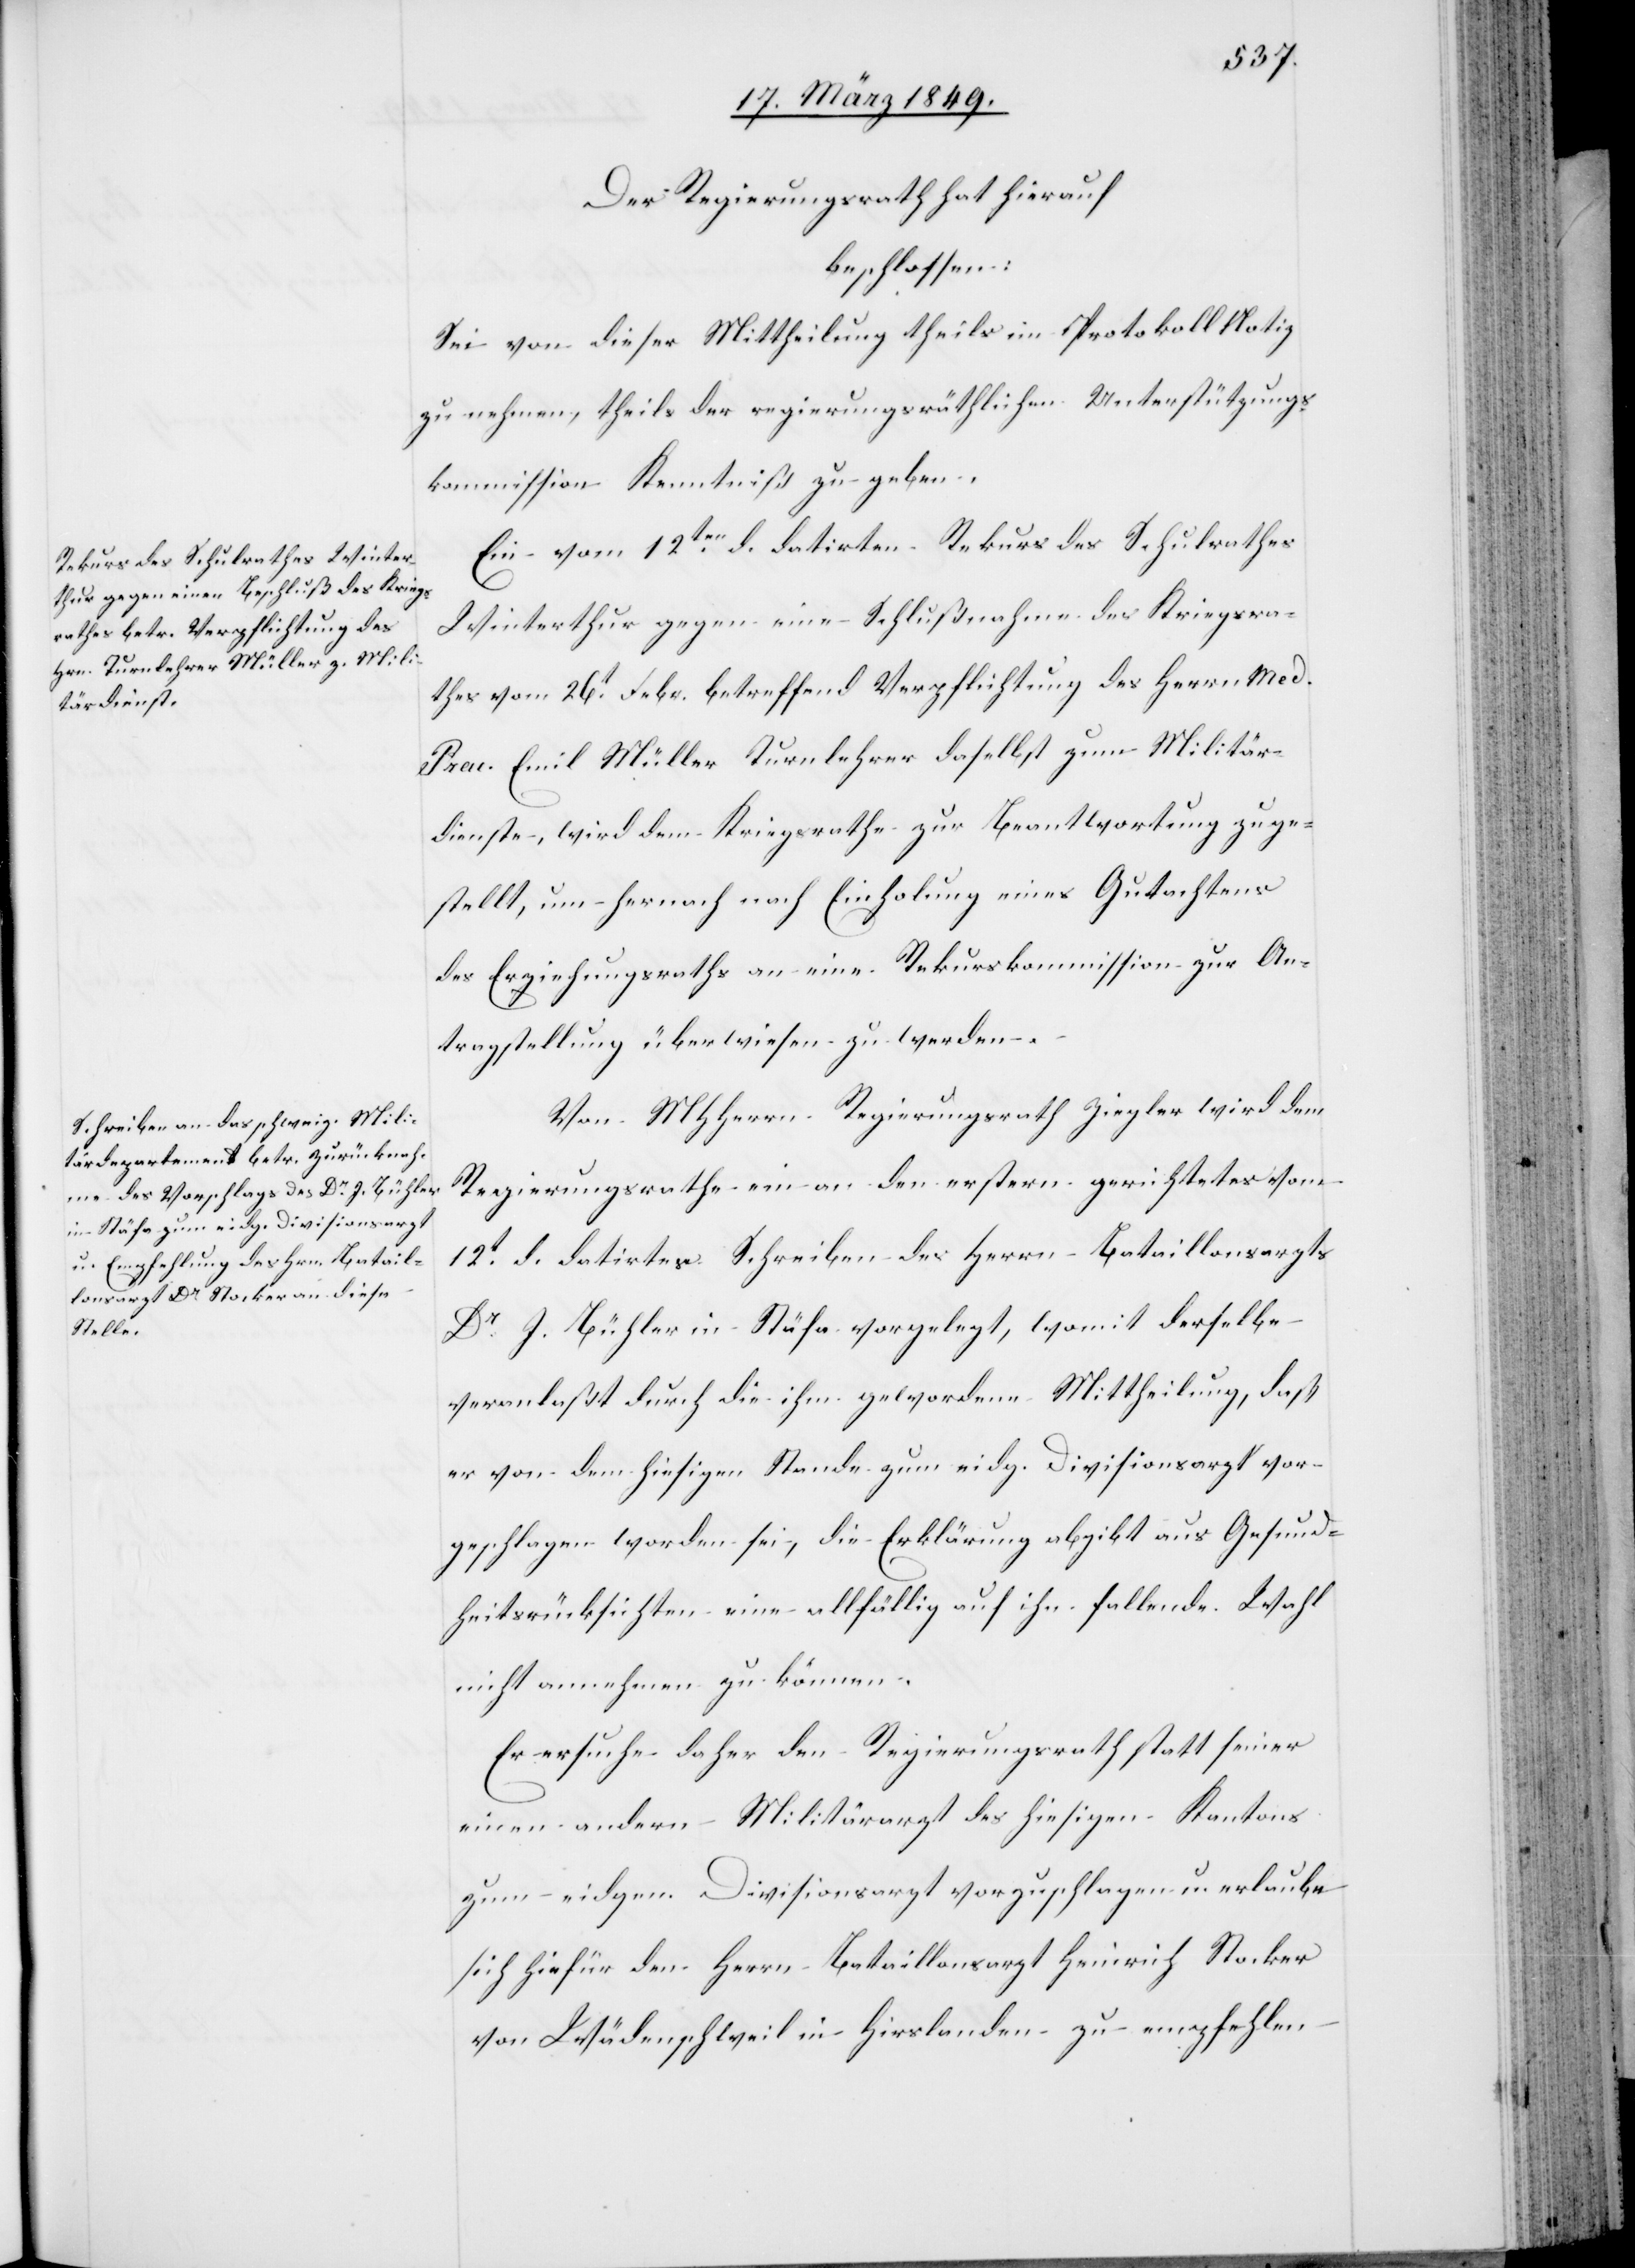
Der Regierungsrath hat hierauf
beschlossen:
Sei von dieser Mittheilung theils im Protokoll Notiz
zu nehmen, theils der regierungsräthlichen Unterstützungs¬
kommission Kenntniß zu geben.
Ein vom 12ten. d. datirten [sic!] Rekurs des Schulrathes
Winterthur gegen eine Schlußnahme des Kriegsra¬
thes vom 26t. Febr. betreffend Verpflichtung des Herrn Med.
Prac. Emil Müller Turnlehrer daselbst zum Militär¬
dienste, wird dem Kriegsrathe zur Beantwortung zuge¬
stellt, um hernach nach Einholung eines Gutachtens
des Erziehungsraths an eine Rekurskommission zur An¬
tragstellung überwiesen zu werden.
Von MHHerrn Regierungsrath Ziegler wird dem
Regierungsrathe ein an den erstern gerichtetes vom
12t. d. datirtes Schreiben des Herrn Bataillonsarzts
Dr. J. Bühler in Stäfa vorgelegt, womit derselbe
veranlaßt durch die ihm gewordene Mittheilung, daß
er von dem hiesigen Stande zum eidg. Divisionsarzt vor¬
geschlagen worden sei, die Erklärung abgibt aus Gesund¬
heitsrücksichten eine allfällig auf ihn fallende Wahl
nicht annehmen zu können.
Er ersuche daher den Regierungsrath statt seiner
einen andern Militärarzt des hiesigen Kantons
zum eidgen. Divisionsarzt vorzuschlagen u. erlaube
sich hiefür den Herrn Bataillonsarzt Heinrich Stocker
von Wädenschweil in Hirslanden zu empfehlen